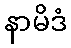
နာမိဒံ